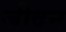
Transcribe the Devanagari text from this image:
जीदन